Lunatic asylums United Provinces 1909-1921 - 1909-1921
Year: 1909
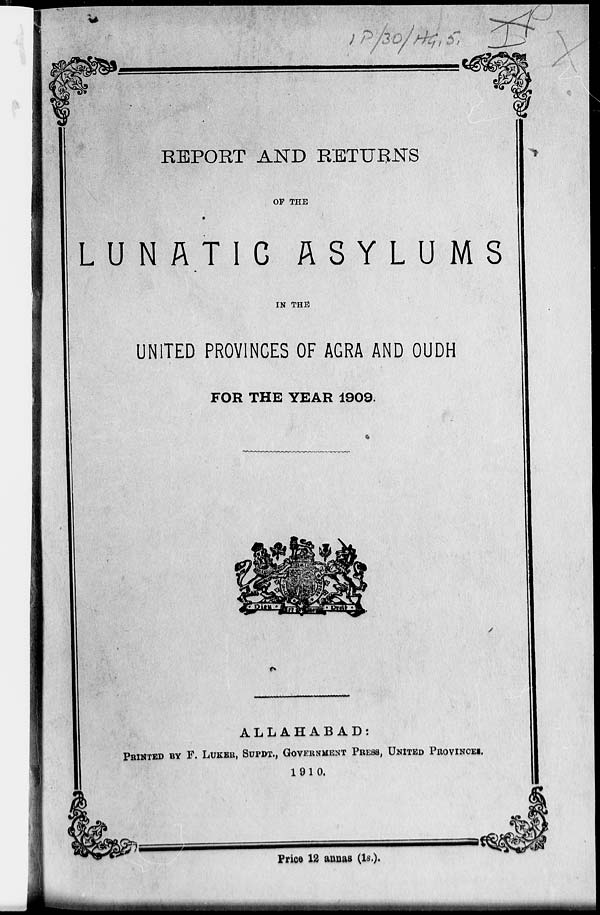
REPORT AND RETURNS
OF THE
LUNATIC ASYLUMS
IN THE
UNITED PROVINCES OF AGRA AND OUDH
FOR THE YEAR 1909.
ALLAHABAD:
PRINTED BY F. LUKER, SUPDT., GOVERNMENT PRESS, UNITED PROVINCES.
1910.
Price 12 annas (1s.).